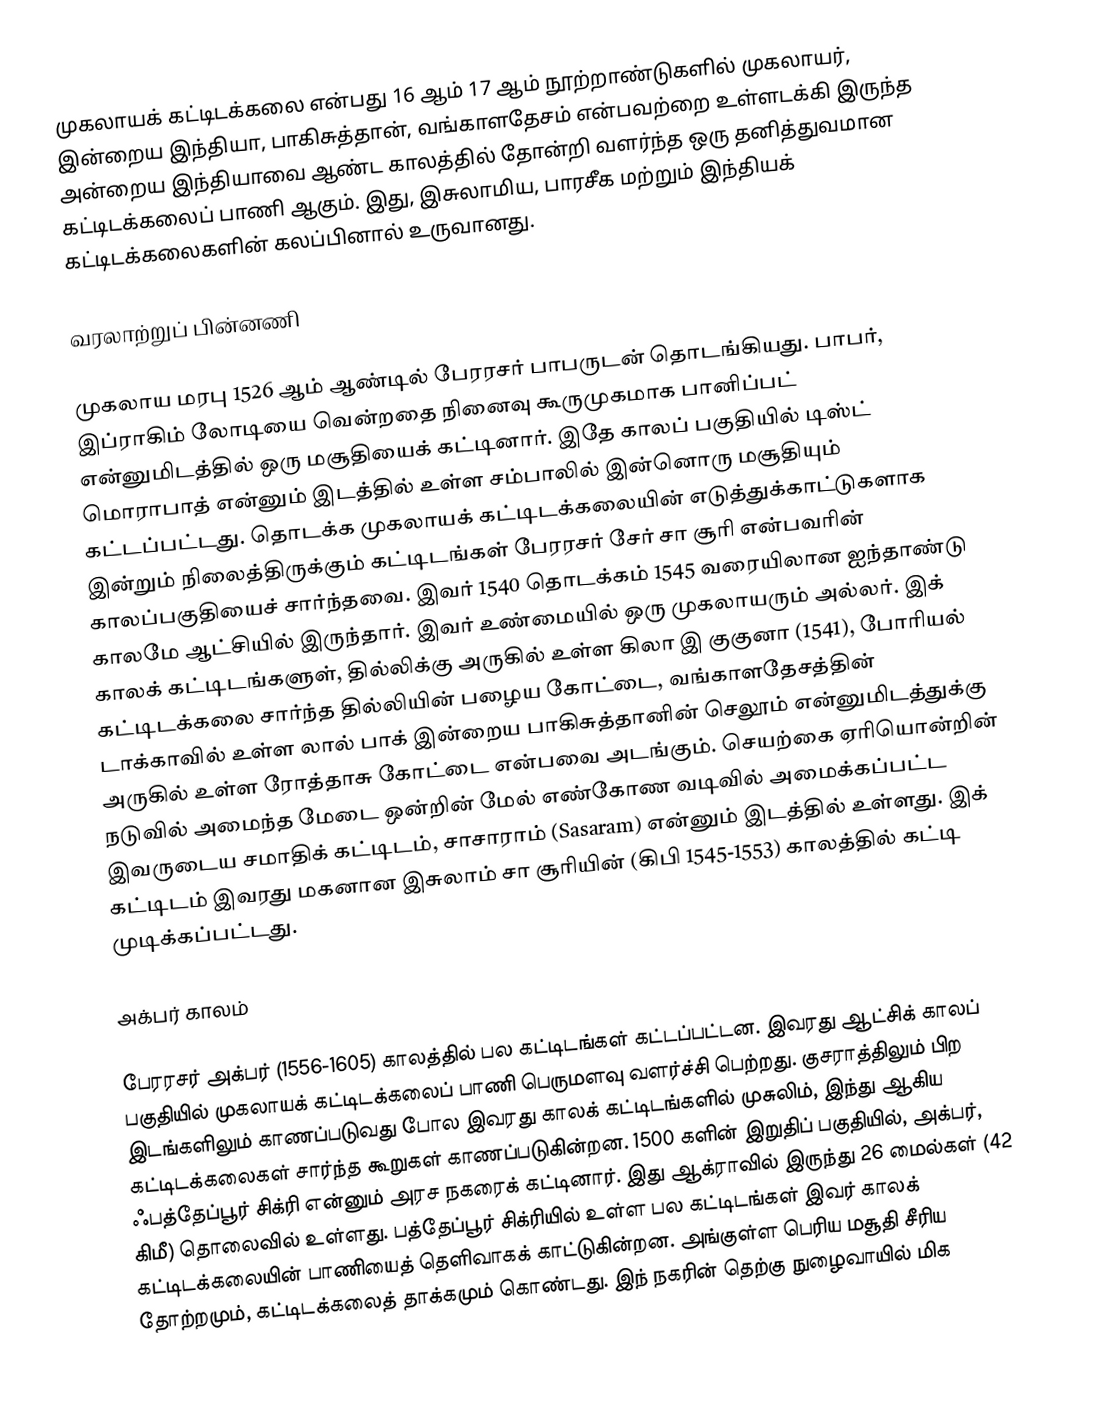
முகலாயக் கட்டிடக்கலை என்பது 16 ஆம் 17 ஆம் நூற்றாண்டுகளில் முகலாயர், இன்றைய இந்தியா, பாகிசுத்தான், வங்காளதேசம் என்பவற்றை உள்ளடக்கி இருந்த அன்றைய இந்தியாவை ஆண்ட காலத்தில் தோன்றி வளர்ந்த ஒரு தனித்துவமான கட்டிடக்கலைப் பாணி ஆகும். இது, இசுலாமிய, பாரசீக மற்றும் இந்தியக் கட்டிடக்கலைகளின் கலப்பினால் உருவானது.

வரலாற்றுப் பின்னணி

முகலாய மரபு 1526 ஆம் ஆண்டில் பேரரசர் பாபருடன் தொடங்கியது. பாபர், இப்ராகிம் லோடியை வென்றதை நினைவு கூருமுகமாக பானிப்பட் என்னுமிடத்தில் ஒரு மசூதியைக் கட்டினார். இதே காலப் பகுதியில் டிஸ்ட் மொராபாத் என்னும் இடத்தில் உள்ள சம்பாலில் இன்னொரு மசூதியும் கட்டப்பட்டது. தொடக்க முகலாயக் கட்டிடக்கலையின் எடுத்துக்காட்டுகளாக இன்றும் நிலைத்திருக்கும் கட்டிடங்கள் பேரரசர் சேர் சா சூரி என்பவரின் காலப்பகுதியைச் சார்ந்தவை. இவர் 1540 தொடக்கம் 1545 வரையிலான ஐந்தாண்டு காலமே ஆட்சியில் இருந்தார். இவர் உண்மையில் ஒரு முகலாயரும் அல்லர். இக் காலக் கட்டிடங்களுள், தில்லிக்கு அருகில் உள்ள கிலா இ குகுனா (1541), போரியல் கட்டிடக்கலை சார்ந்த தில்லியின் பழைய கோட்டை, வங்காளதேசத்தின் டாக்காவில் உள்ள லால் பாக் இன்றைய பாகிசுத்தானின் செலூம் என்னுமிடத்துக்கு அருகில் உள்ள ரோத்தாசு கோட்டை என்பவை அடங்கும். செயற்கை ஏரியொன்றின் நடுவில் அமைந்த மேடை ஒன்றின் மேல் எண்கோண வடிவில் அமைக்கப்பட்ட இவருடைய சமாதிக் கட்டிடம், சாசாராம் (Sasaram) என்னும் இடத்தில் உள்ளது. இக் கட்டிடம் இவரது மகனான இசுலாம் சா சூரியின் (கிபி 1545-1553) காலத்தில் கட்டி முடிக்கப்பட்டது.

அக்பர் காலம்

பேரரசர் அக்பர் (1556-1605) காலத்தில் பல கட்டிடங்கள் கட்டப்பட்டன. இவரது ஆட்சிக் காலப் பகுதியில் முகலாயக் கட்டிடக்கலைப் பாணி பெருமளவு வளர்ச்சி பெற்றது. குசராத்திலும் பிற இடங்களிலும் காணப்படுவது போல இவரது காலக் கட்டிடங்களில் முசுலிம், இந்து ஆகிய கட்டிடக்கலைகள் சார்ந்த கூறுகள் காணப்படுகின்றன. 1500 களின் இறுதிப் பகுதியில், அக்பர், ஃபத்தேப்பூர் சிக்ரி என்னும் அரச நகரைக் கட்டினார். இது ஆக்ராவில் இருந்து 26 மைல்கள் (42 கிமீ) தொலைவில் உள்ளது. பத்தேப்பூர் சிக்ரியில் உள்ள பல கட்டிடங்கள் இவர் காலக் கட்டிடக்கலையின் பாணியைத் தெளிவாகக் காட்டுகின்றன. அங்குள்ள பெரிய மசூதி சீரிய தோற்றமும், கட்டிடக்கலைத் தாக்கமும் கொண்டது. இந் நகரின் தெற்கு நுழைவாயில் மிக